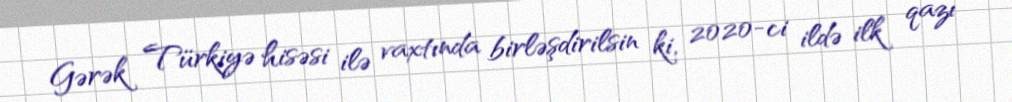
Gərək Türkiyə hisəsi ilə vaxtında birləşdirilsin ki, 2020-ci ildə ilk qazı